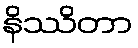
နိဿိတာ